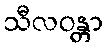
သီလဝန္တာ